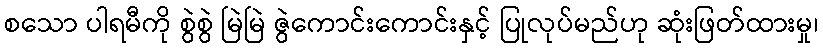
စသော ပါရမီကို စွဲစွဲ မြဲမြဲ ဇွဲကောင်းကောင်းနှင့် ပြုလုပ်မည်ဟု ဆုံးဖြတ်ထားမှု၊